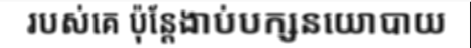
របស់គេ ប៉ុន្តែងាប់បក្សនយោបាយ